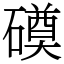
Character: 磸